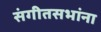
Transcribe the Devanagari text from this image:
संगीतसभांना